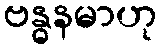
ဗန္ဓနမာဟု